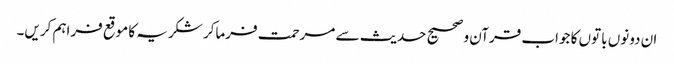
ان دونوں باتوں کا جواب قرآن و صحیح حدیث سے مرحمت فرماکر شکریہ کا موقع فراہم کریں۔